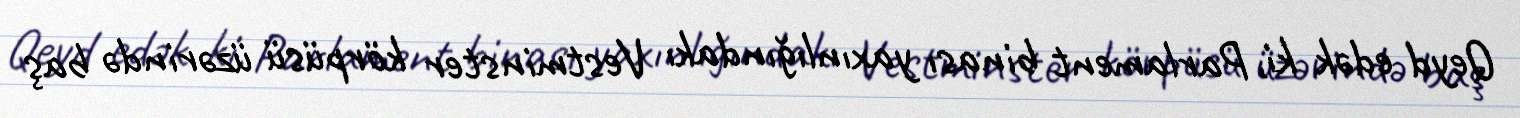
Qeyd edək ki, Parlament binası yaxınlığındakı Vestminster körpüsü üzərində baş